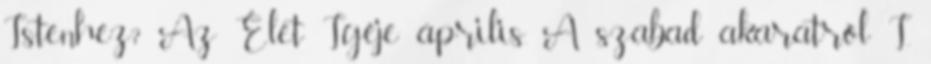
Istenhez? Az Élet Igéje április. A szabad akaratról I.